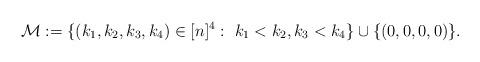
LaTeX: \begin{gather*}\mathcal{M}:=\{(k_1,k_2,k_3,k_4) \in [n]^4: \ k_1 < k_2, k_3 < k_4\} \cup \{(0,0,0,0)\}.\end{gather*}